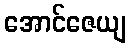
အောင်ဇေယျ